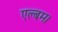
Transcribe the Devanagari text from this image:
एल्बम।